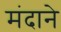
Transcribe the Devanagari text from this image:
मंदाने